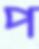
প